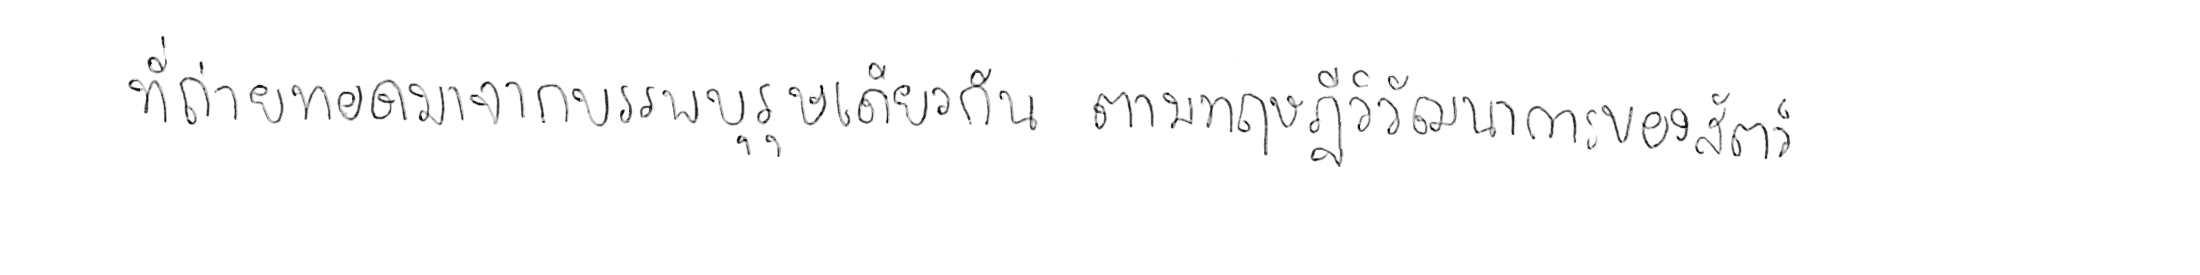
ที่ถ่ายทอดมาจากบรรพบุรุษเดียวกัน ตามทฤษฎีวิวัฒนาการของสัตว์